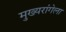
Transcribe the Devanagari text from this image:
मुख्यरांगेला